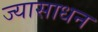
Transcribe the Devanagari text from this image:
ज्यासाधन